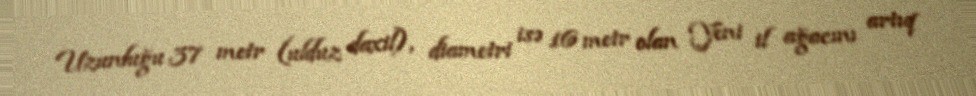
Uzunluğu 37 metr (ulduz daxil), diametri isə 16 metr olan Yeni il ağacını artıq